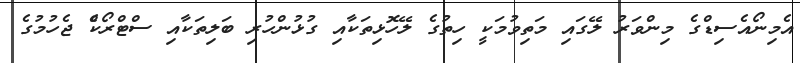
އެމިނޯއެސިޑްގެ މިންވަރު ލޭގައި މަތިވުމަކީ ހިތުގެ ލޭހޮޅިތަކާއި ގުޅުންހުރި ބަލިތަކާއި ސްޓްރޯކްެ ޖެހުމުގެ